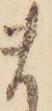
ま